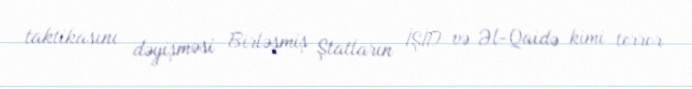
taktikasını dəyişməsi Birləşmiş Ştatların İŞİD və Əl-Qaidə kimi terror